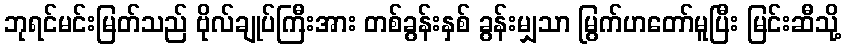
ဘုရင်မင်းမြတ်သည် ဗိုလ်ချုပ်ကြီးအား တစ်ခွန်းနှစ် ခွန်းမျှသာ မြွက်ဟတော်မူပြီး မြင်းဆီသို့